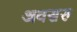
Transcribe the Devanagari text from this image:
अवसरु